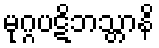
မုဂ္ဂပဋိဘသ္တာနိ